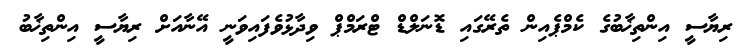
ރިޔާސީ އިންތިޚާބުގެ ކެމްޕެއިން ތެރޭގައި ޑޮނަލްޑް ޓްރަމްޕް ވިދާޅުވެފައިވަނީ އޭނާއަށް ރިޔާސީ އިންތިޚާބު